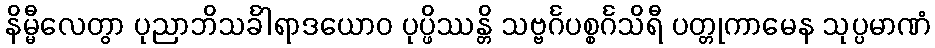
နိမ္မီလေတွာ ပုညာဘိသင်္ခါရာဒယောဝ ပုပ္ဖိဿန္တိ သဗ္ဗင်္ဂပစ္စင်္ဂသိရီ ပတ္တုကာမေန သုပ္ပမာဏံ